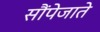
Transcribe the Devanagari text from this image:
सौंपेजाते